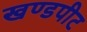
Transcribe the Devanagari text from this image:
खण्डपीट